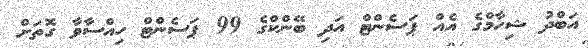
އަބްދު ޝިހާމްގެ އެއް ޕަސެންޓް އަދި ބޭންކްގެ 99 ޕަސެންޓް ހިއްސާވާ ގޮތަށް